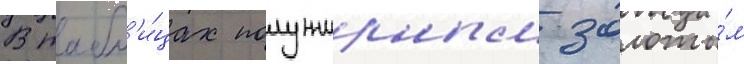
В табл'и́цах полужирным золоты́м